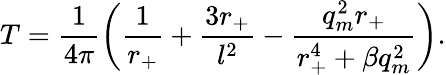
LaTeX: T=\frac{1}{4\pi}\biggl(\frac{1}{r_{+}}+\frac{3r_{+}}{l^{2}}-\frac{q_{m}^{2}r_{+}}{r_{+}^{4}+\beta q_{m}^{2}}\biggr).